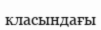
класындағы